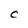
Character: C